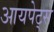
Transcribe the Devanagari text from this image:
आयपेट्स